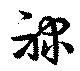
禄